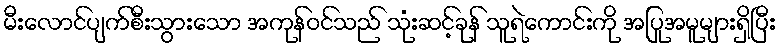
မီးလောင်ပျက်စီးသွားသော အကုန်ဝင်သည် သုံးဆင့်ခုန် သူရဲကောင်းကို အပြုအမူများရှိပြီး